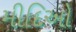
મીદિઓ